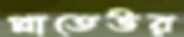
প্লাতেউর